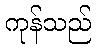
ကုန်သည်